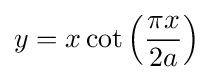
y=x\cot \left({\frac {\pi x}{2a}}\right)